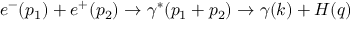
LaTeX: e ^ { - } ( p _ { 1 } ) + e ^ { + } ( p _ { 2 } ) \rightarrow \gamma ^ { * } ( p _ { 1 } + p _ { 2 } ) \rightarrow \gamma ( k ) + H ( q )